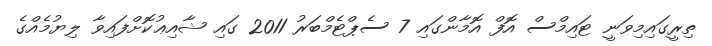
ތިރީގައިމިވަނީ ޓައިމްސް އޮފް އޮމާންގައި 7 ސެޕްޓެމްބަރު 2011 ގައި ޝާއިޢުކޮށްފައިވާ ލިޔުމެއްގެ